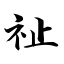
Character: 祉